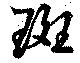
斑